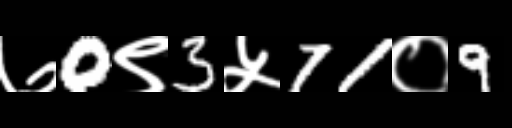
Text: ७0९3५71०9